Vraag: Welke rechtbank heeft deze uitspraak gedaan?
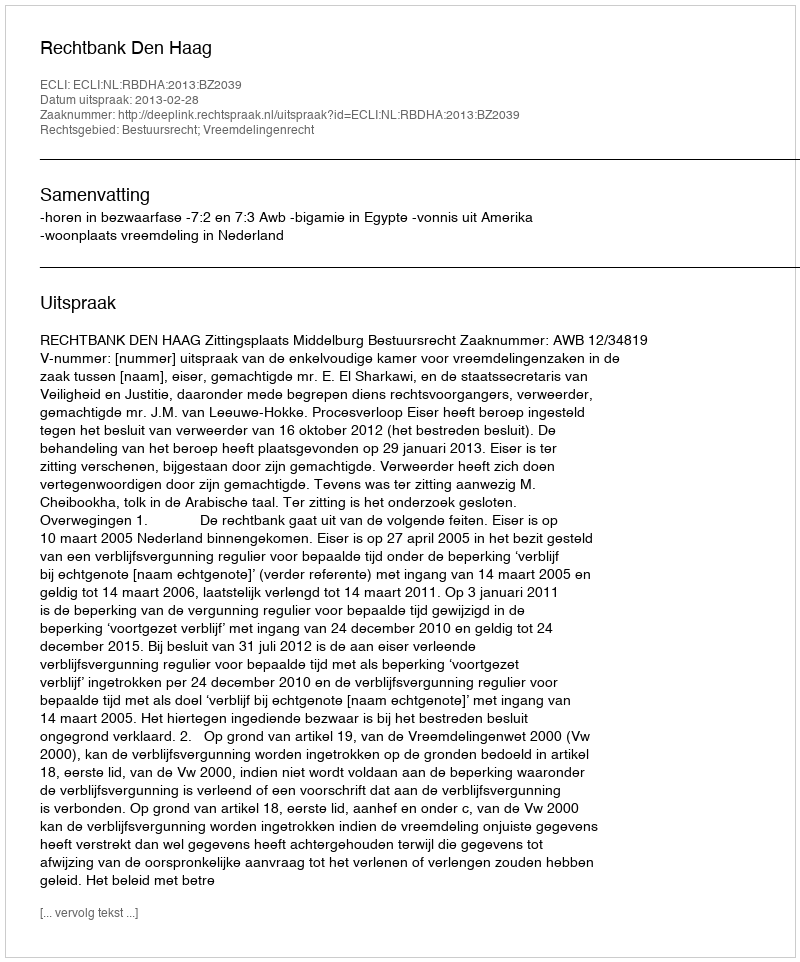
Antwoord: Rechtbank Den Haag